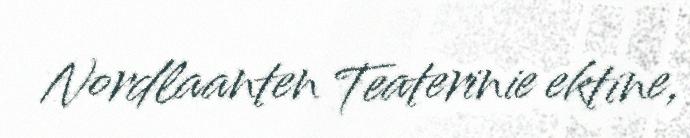
Nordlaanten Teaterinie ektine,